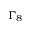
\Gamma _ { 8 }